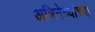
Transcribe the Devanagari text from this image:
अभिनेत्र्यांच्या